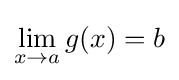
\lim _{x\to a}g(x)=b